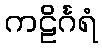
ကဠိင်္ဂရံ